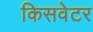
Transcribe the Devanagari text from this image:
किसवेटर